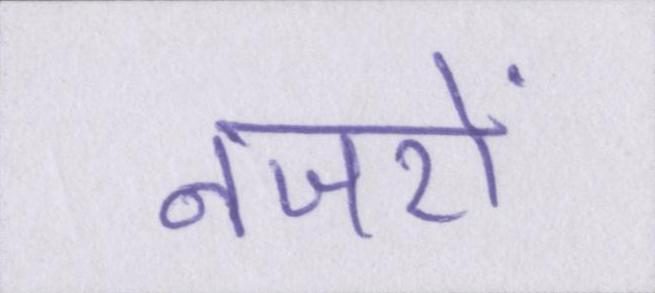
नजरों